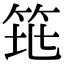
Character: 𥬻